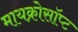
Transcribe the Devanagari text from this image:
मायक्रोसॉप्ट